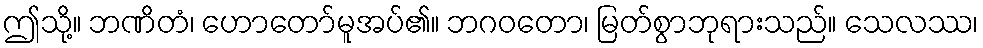
ဤသို့။ ဘဏိတံ၊ ဟောတော်မူအပ်၏။ ဘဂဝတော၊ မြတ်စွာဘုရားသည်။ သေလဿ၊